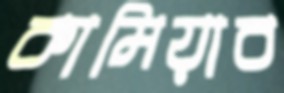
কামিয়াব